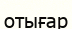
отығар